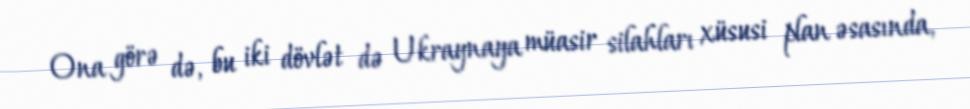
Ona görə də, bu iki dövlət də Ukraynaya müasir silahları xüsusi plan əsasında,